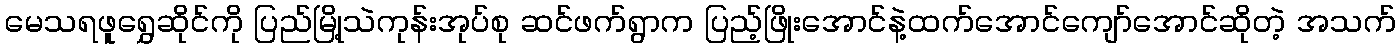
မေသရဖူရွှေဆိုင်ကို ပြည်မြို့သဲကုန်းအုပ်စု ဆင်ဖက်ရွာက ပြည့်ဖြိုးအောင်နဲ့ထက်အောင်ကျော်အောင်ဆိုတဲ့ အသက်